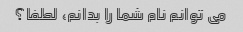
می توانم نام شما را بدانم، لطفا؟